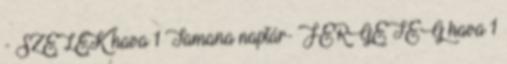
- SZELEK hava 1 Tamana naptár- FERGETEG hava 1